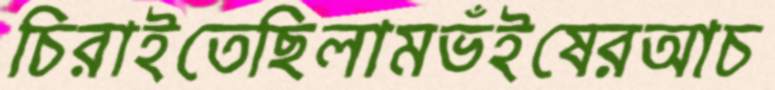
চিরাইতেছিলামভঁইষেরআচ